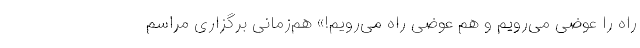
راه را عوضی می‌رویم و هم عوضی راه می‌رویم!» هم‌زمانی برگزاری مراسم